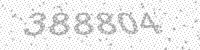
Solution: 388804